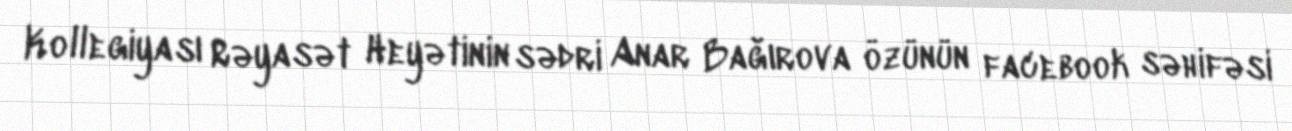
Kollegiyası Rəyasət Heyətinin sədri Anar Bağırova özünün facebook səhifəsi